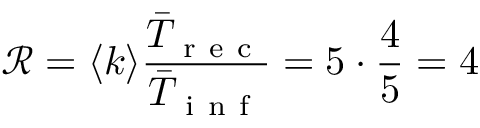
\mathcal { R } = \langle k \rangle \frac { \bar { T } _ { \mathrm { ~ r ~ e ~ c ~ } } } { \bar { T } _ { \mathrm { ~ i ~ n ~ f ~ } } } = 5 \cdot \frac { 4 } { 5 } = 4